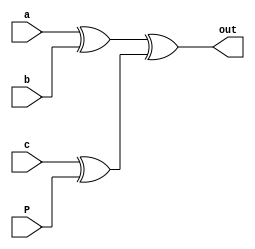
`timescale 1ns / 1ps
module even_parity_checker( input a,b,c,P, output out);
  assign out=((a^b)^(c^P));
endmodule